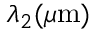
\lambda _ { 2 } ( \mu \mathrm { m } )